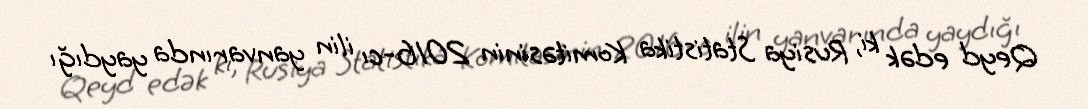
Qeyd edək ki, Rusiya Statistika Komitəsinin 2016-cı ilin yanvarında yaydığı